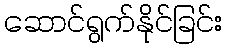
ဆောင်ရွက်နိုင်ခြင်း